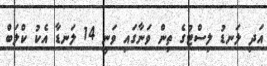
އަދި ލަނޑު ލިސްޓުގެ ތިން ވަނާގައި ވަނީ 14 ލަނޑާ އެކު ކްލަބް